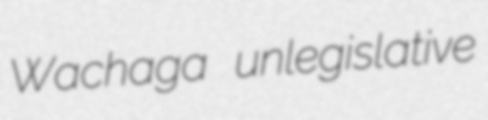
Wachaga unlegislative